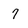
Character: 6